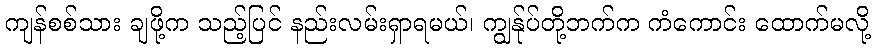
ကျန်စစ်သား ချဖို့က သည့်ပြင် နည်းလမ်းရှာရမယ်၊ ကျွန်ုပ်တို့ဘက်က ကံကောင်း ထောက်မလို့